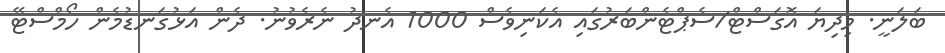
ބަލަނީ. މިދިޔަ އޮގަސްޓް/ސެޕްޓެންބަރުގައި އެކަނިވެސް 1000 އެނދު ނެރެވުނު. ދެން އަޅުގަނޑުމެން ހޯމްސްޓޭ